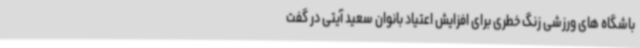
باشگاه های ورزشی زنگ خطری برای افزایش اعتیاد بانوان سعید آیتی در گفت